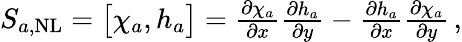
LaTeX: \begin{array}{r}{S_{a,\mathrm{NL}}=\bigl[\chi_{a},h_{a}\bigr]=\frac{\partial\chi_{a}}{\partial x}\frac{\partial h_{a}}{\partial y}-\frac{\partial h_{a}}{\partial x}\frac{\partial\chi_{a}}{\partial y}\, ,}\end{array}